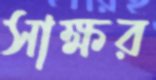
সাক্ষর